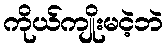
ကိုယ်ကျိုးမငဲ့ဘဲ